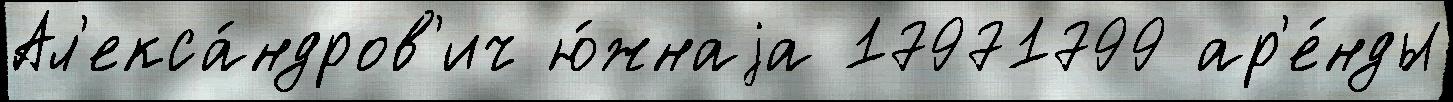
Ал'екса́ндров'ич ю́жнаjа 17971799 ар'е́нды